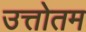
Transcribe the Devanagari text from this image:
उत्तोतम